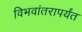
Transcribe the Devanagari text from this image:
विभवांतरापर्यंत